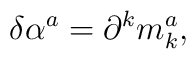
\delta \alpha ^{a}=\partial ^{k}m_{k}^{a},